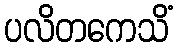
ပလိတကေသိံ